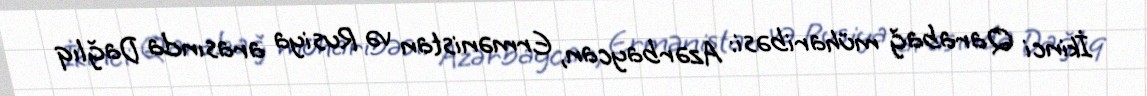
İkinci Qarabağ müharibəsi: Azərbaycan, Ermənistan və Rusiya arasında Dağlıq